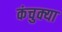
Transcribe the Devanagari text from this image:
कंचुक्या